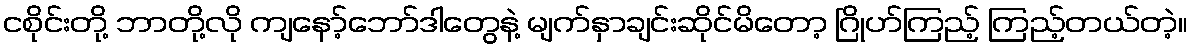
ငစိုင်းတို့ ဘာတို့လို ကျနော့်ဘော်ဒါတွေနဲ့ မျက်နှာချင်းဆိုင်မိတော့ ဂြိုဟ်ကြည့် ကြည့်တယ်တဲ့။